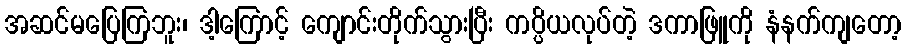
အဆင်မပြေကြဘူး၊ ဒါ့ကြောင့် ကျောင်းတိုက်သွားပြီး ကပ္ပိယလုပ်တဲ့ ဒကာဖြူကို နံနက်ကျတော့